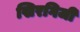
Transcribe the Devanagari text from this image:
खिरगिजी